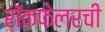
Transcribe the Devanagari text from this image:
रॉकफेलरची